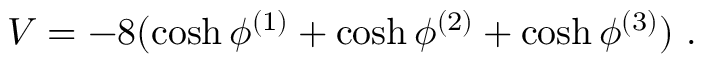
V = - 8 ( \cosh \phi ^ { ( 1 ) } + \cosh \phi ^ { ( 2 ) } + \cosh \phi ^ { ( 3 ) } ) \ .